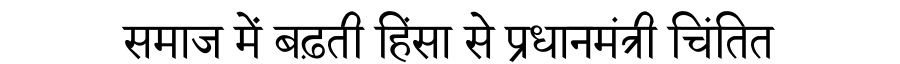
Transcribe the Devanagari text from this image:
समाज में बढ़ती हिंसा से प्रधानमंत्री चिंतित